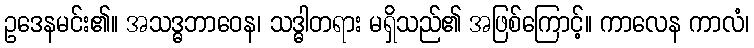
ဥဒေနမင်း၏။ အသဒ္ဓဘာဝေန၊ သဒ္ဓါတရား မရှိသည်၏ အဖြစ်ကြောင့်။ ကာလေန ကာလံ၊